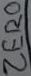
Text: ZERO